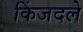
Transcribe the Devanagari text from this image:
किंजदले